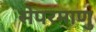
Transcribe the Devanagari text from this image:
सेपरमाणु